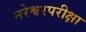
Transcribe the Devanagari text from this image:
नरेश्वरपरीक्षा